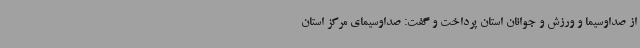
از صداوسیما و ورزش و جوانان استان پرداخت و گفت: صداوسیمای مرکز استان